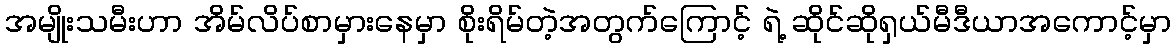
အမျိုးသမီးဟာ အိမ်လိပ်စာမှားနေမှာ စိုးရိမ်တဲ့အတွက်ကြောင့် ရဲ့ ဆိုင်ဆိုရှယ်မီဒီယာအကောင့်မှာ